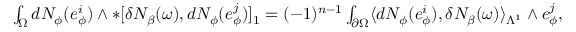
\begin{array} { r } { \int _ { \Omega } d N _ { \phi } ( e _ { \phi } ^ { i } ) \wedge \ast [ \delta N _ { \beta } ( \omega ) , d N _ { \phi } ( e _ { \phi } ^ { j } ) ] _ { 1 } = ( - 1 ) ^ { n - 1 } \int _ { \partial \Omega } \langle d N _ { \phi } ( e _ { \phi } ^ { i } ) , \delta N _ { \beta } ( \omega ) \rangle _ { \Lambda ^ { 1 } } \wedge e _ { \phi } ^ { j } , } \end{array}